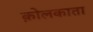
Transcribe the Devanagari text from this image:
क़ोलकाता